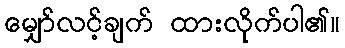
မျှော်လင့်ချက် ထားလိုက်ပါ၏။